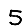
Digit: 5